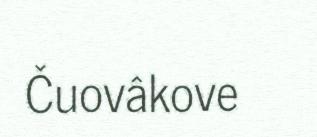
Čuovâkove